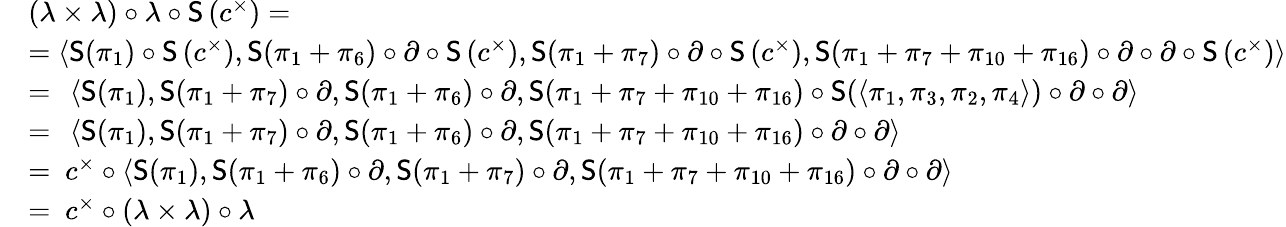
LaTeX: \begin{array}{rl}&{(\lambda\times\lambda)\circ\lambda\circ\mathsf{S}\left(c^{\times}\right)=}\\ &{=\left\langle\mathsf{S}(\pi_{1})\circ\mathsf{S}\left(c^{\times}\right),\mathsf{S}(\pi_{1}+\pi_{6})\circ\partial\circ\mathsf{S}\left(c^{\times}\right),\mathsf{S}(\pi_{1}+\pi_{7})\circ\partial\circ\mathsf{S}\left(c^{\times}\right),\mathsf{S}(\pi_{1}+\pi_{7}+\pi_{10}+\pi_{16})\circ\partial\circ\partial\circ\mathsf{S}\left(c^{\times}\right)\right\rangle}\\ &{=~\left\langle\mathsf{S}(\pi_{1}),\mathsf{S}(\pi_{1}+\pi_{7})\circ\partial,\mathsf{S}(\pi_{1}+\pi_{6})\circ\partial,\mathsf{S}(\pi_{1}+\pi_{7}+\pi_{10}+\pi_{16})\circ\mathsf{S}(\left\langle\pi_{1},\pi_{3},\pi_{2},\pi_{4}\right\rangle)\circ\partial\circ\partial\right\rangle}\\ &{=~\left\langle\mathsf{S}(\pi_{1}),\mathsf{S}(\pi_{1}+\pi_{7})\circ\partial,\mathsf{S}(\pi_{1}+\pi_{6})\circ\partial,\mathsf{S}(\pi_{1}+\pi_{7}+\pi_{10}+\pi_{16})\circ\partial\circ\partial\right\rangle}\\ &{=~c^{\times}\circ\left\langle\mathsf{S}(\pi_{1}),\mathsf{S}(\pi_{1}+\pi_{6})\circ\partial,\mathsf{S}(\pi_{1}+\pi_{7})\circ\partial,\mathsf{S}(\pi_{1}+\pi_{7}+\pi_{10}+\pi_{16})\circ\partial\circ\partial\right\rangle}\\ &{=~c^{\times}\circ(\lambda\times\lambda)\circ\lambda}\end{array}